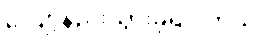
လျော့နည်းသွားခဲ့ရပါတယ်။